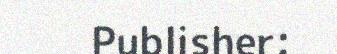
Publisher: